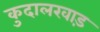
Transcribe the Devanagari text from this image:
कुदालखाड़